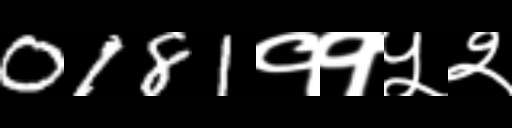
Text: 0181११५२